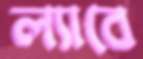
ল্যাবে